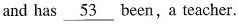
and has \underline{53} been,a teacher.